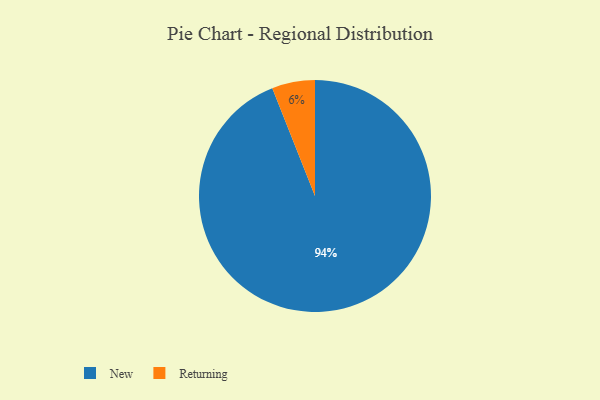
{"axis": {"x": "Category", "y": "Percentage"}, "legend": ["New", "Returning"], "data": [{"x": "Returning", "y": 6, "type": "Returning"}, {"x": "New", "y": 94, "type": "New"}]}